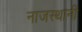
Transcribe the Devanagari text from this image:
नाजस्थानी